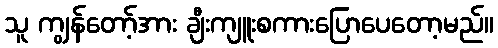
သူ ကျွန်တော့်အား ချီးကျူးစကားပြောပေတော့မည်။